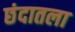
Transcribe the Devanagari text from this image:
छंदातला